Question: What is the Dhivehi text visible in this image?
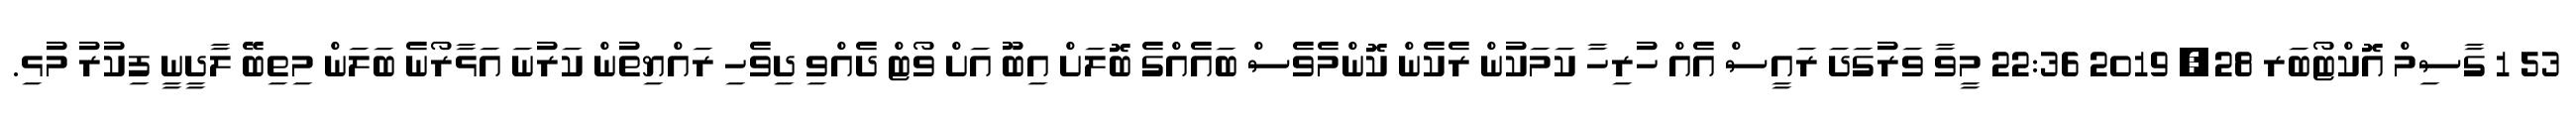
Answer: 53 1 ގާސިމް އޮކްޓޯބަރ 28, 2019 22:36 މީވާ ވަރުގަދަ ރައީސް އެއް ހުރިހާ ކަމަކުން ރެކެން ކޮންމެވެސް ބައެއްގެ ބޮލަށް އިބޫ އަށް ވޯޓް ދެއްވި ދިވެހި ރައްޔިތުން ކަރުނަ އަޅާރޯނެ ބަލަން މިތިބޭ ލާދީނީ ފިކުރު މުޅި.